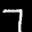
Label: 7